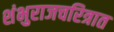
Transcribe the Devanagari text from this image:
शंभुराजचरित्रात